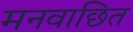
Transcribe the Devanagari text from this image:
मनवाछित